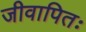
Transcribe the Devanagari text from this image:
जीवापितः